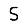
Digit: 5